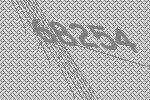
68254